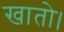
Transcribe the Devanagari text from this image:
खातो।